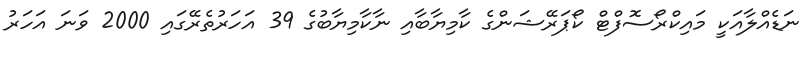
ނަޑެއްލާއަކީ މައިކްރޯސޮފްޓް ކޯޕަރޭޝަންގެ ކާމިޔާބާއި ނާކާމިޔާބުގެ 39 އަހަރުތެރޭގައި 2000 ވަނަ އަހަރު